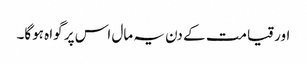
اور قیامت کے دن یہ مال اس پر گواہ ہوگا۔